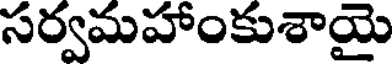
సర్వమహాంకుశాయై